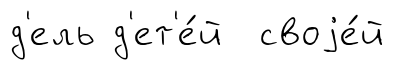
д'ель д'ет'е́й своjе́й